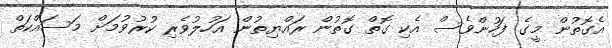
އެގޮތުން މީގެ ފަހުންވެސް އެކި ގޮތް ގޮތުން ރައްޔިތުން އަހުލުވެރި ކުރުވުމަށް މަސައްކަތް